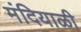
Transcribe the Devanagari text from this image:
मंदियाळी